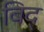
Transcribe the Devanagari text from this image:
बिद्